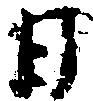
日